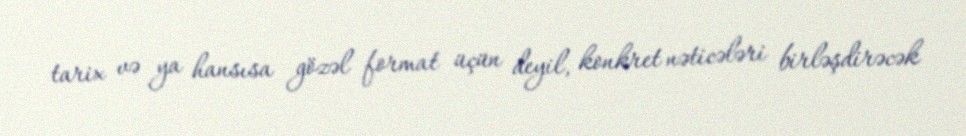
tarix və ya hansısa gözəl format üçün deyil, konkret nəticələri birləşdirəcək